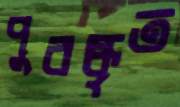
পুরষ্কৃত